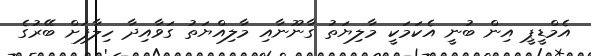
އެމްޑީޕީ އިން ބުނީ އެކަމަކީ މާލިޔަތު ގާނޫނާއި މާލިއްޔަތު ގަވާއިދާ ހިލާފަށް ބޭރުގެ